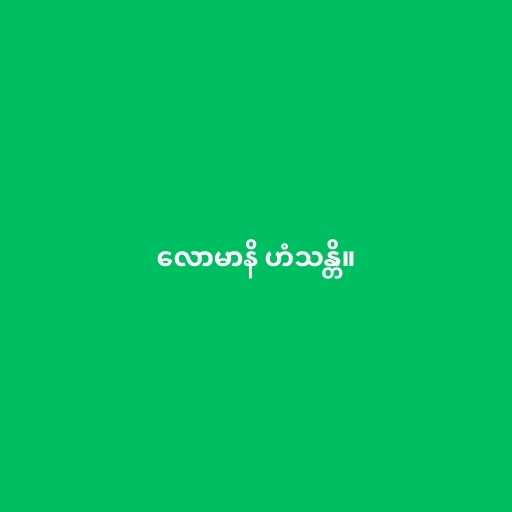
လောမာနိ ဟံသန္တိ။